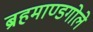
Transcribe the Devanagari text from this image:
ब्रहमाण्डगोले